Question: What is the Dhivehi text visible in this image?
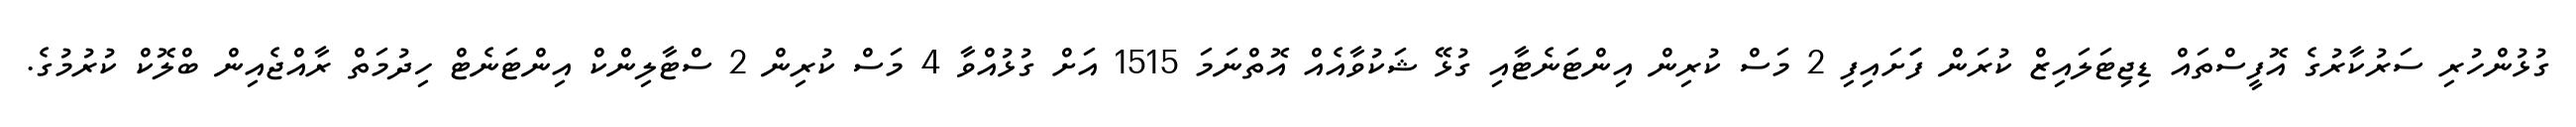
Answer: ގުޅުންހުރި ސަރުކާރުގެ އޮފީސްތައް ޑިޖިޓަލައިޒް ކުރަން ފަަށައިފި 2 މަސް ކުރިން އިންޓަނެޓާއި ގުޅޭ ޝަކުވާއެއް އޮތްނަމަ 1515 އަށް ގުޅުއްވާ 4 މަސް ކުރިން 2 ސްޓާލިންކް އިންޓަނެޓް ހިދުމަތް ރާއްޖެއިން ބްލޮކް ކުރުމުގެ.